Problem: 2 + 11 = ?
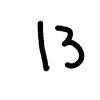
Handwritten answer: 13